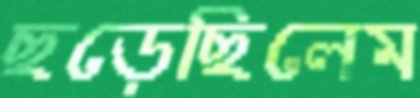
ছড়েছিলেম